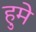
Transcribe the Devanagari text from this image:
हुमे